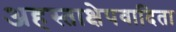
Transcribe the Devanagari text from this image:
अहस्ताक्षेपवादिता